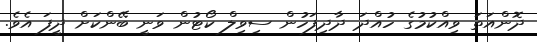
ދޮންއަތަ ވިއްކުމުގެ ހުއްދަ ދާދިފަހުން ސިވިލް ކޯޓުން ވަނީ ބޭންކަށް ދީފަ އެވެ.